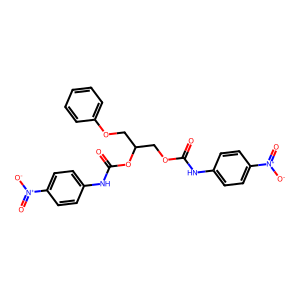
SMILES: O=C(Nc1ccc([N+](=O)[O-])cc1)OCC(COc1ccccc1)OC(=O)Nc1ccc([N+](=O)[O-])cc1
Inhibits HIV replication: No